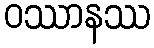
ဝဿာနဿ